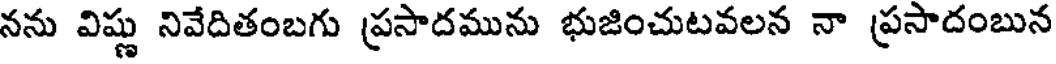
నను విష్ణు నివేదితంబగు ప్రసాదమును భుజించుటవలన నా ప్రసాదంబున